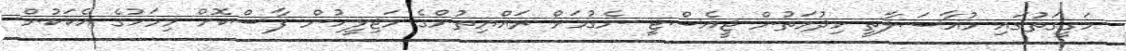
ހަގީގަތުގައި މުއާސަލާތީ ހިދުމަތުން ޖީއެސްޓީ ނެގުމަށް ރައްޔިތުންގެ މަޖިލީހުން ފާސްކޮށް މިމަހުގެ އެކަކުން